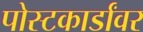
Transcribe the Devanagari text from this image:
पोस्टकार्डांवर